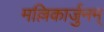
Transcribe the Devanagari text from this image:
मल्लिकार्जुनम्